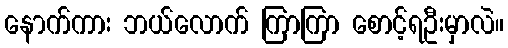
နောက်ကား ဘယ်လောက် ကြာကြာ စောင့်ရဦးမှာလဲ။